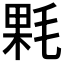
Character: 𣮔